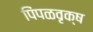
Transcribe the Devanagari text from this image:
पिंपळवृक्ष